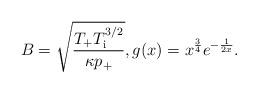
LaTeX: \begin{align*}B = \sqrt{\frac{T_{+}T_{\rm i}^{3/2}}{\kappa p_{+} }}, g(x) = x^\frac34 e^{-\frac{1}{2x}}.\end{align*}